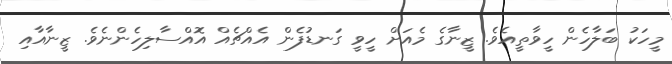
މީހަކު ބަލާހެން ހީވާތީއެވެ. ޒީނާގެ މެއަށް ހީވީ ގަނޑުފެން އެއްޗެއް އޮއްސާލިހެންނެވެ. ޒީނާއާއި